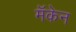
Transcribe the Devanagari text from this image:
मॅकेन